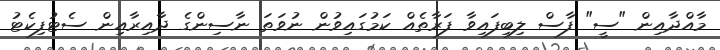
މާއްދާއިން "ސީ" ފާސް ލިބިފައިވާ ފަރާތެއް ކަމުގައިވުން ނުވަތަ ނާސިންގެ ދާއިރާއިން ސެޓުފިކެޓު